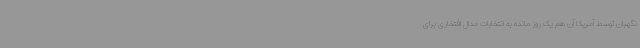
نگهبان توسط آمریکا آن هم یک روز مانده به انتخابات مدال افتخاری برای